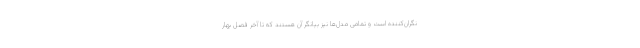
نگران‌کننده است و تمامی مدل‌ها نیز بیانگر آن هستند که تا آخر فصل بهار